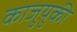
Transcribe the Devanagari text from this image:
काजुयुकी